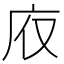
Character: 𢇯